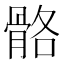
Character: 骼